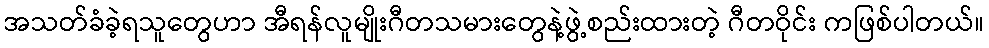
အသတ်ခံခဲ့ရသူတွေဟာ အီရန်လူမျိုးဂီတသမားတွေနဲ့ဖွဲ့စည်းထားတဲ့ ဂီတဝိုင်း ကဖြစ်ပါတယ်။